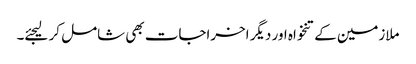
ملازمین کےتنخواہ اور دیگر اخراجات بھی شامل کر لیجئے۔